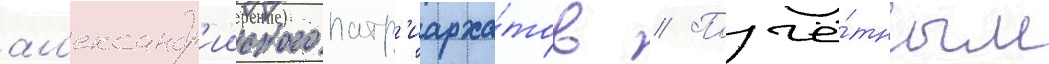
ал'ександр'ииского патр'иарха́тов // Почё́тным